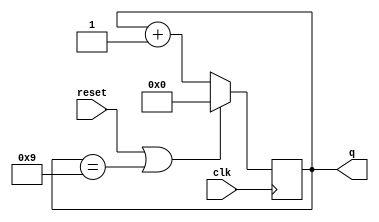
module top_module (
    input clk,
    input reset,       
    output [3:0] q
  );
  
  always@(posedge clk) begin
     if(reset | q==9)
          q <= 0;
      else
          q <= q + 1'b1;
  end

endmodule